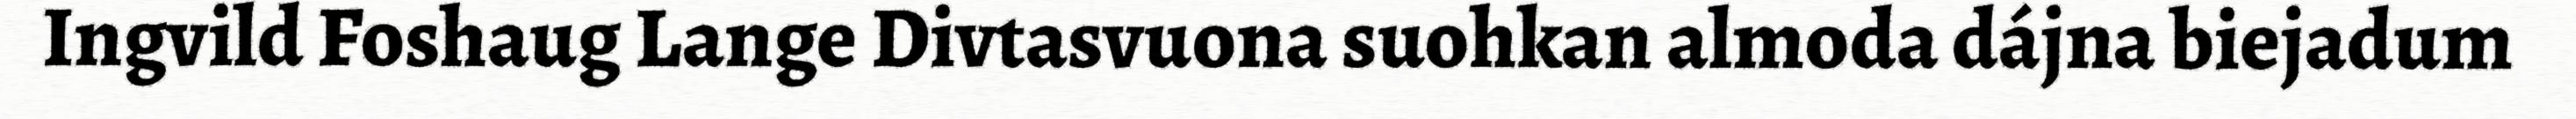
Ingvild Foshaug Lange Divtasvuona suohkan almoda dájna biejadum